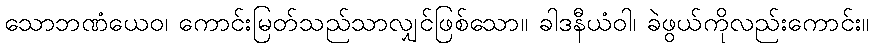
သောဘဏံယေဝ၊ ကောင်းမြတ်သည်သာလျှင်ဖြစ်သော။ ခါဒနီယံဝါ၊ ခဲဖွယ်ကိုလည်းကောင်း။